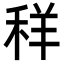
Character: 𮃁